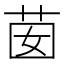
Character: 𦮗